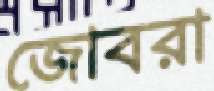
জোবরা